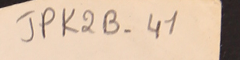
JPK2B-41